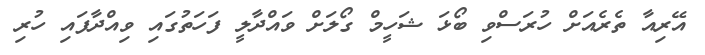
އޭރިއާ ތެރެއަށް ހުރަސްވި ބޯޅަ ޝަހީމް ގޯލަށް ވައްދާލީ ފަހަތުގައި ވިއްދާފައި ހުރި